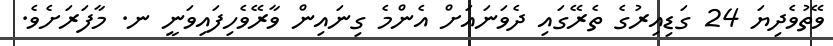
ވޭތުވެދިޔަ 24 ގަޑިއިރުގެ ތެރޭގައި ދެވަނައަށް އެންމެ ގިނައިން ވާރޭވެހިފައިވަނީ ނ. މާފަރަށެވެ.